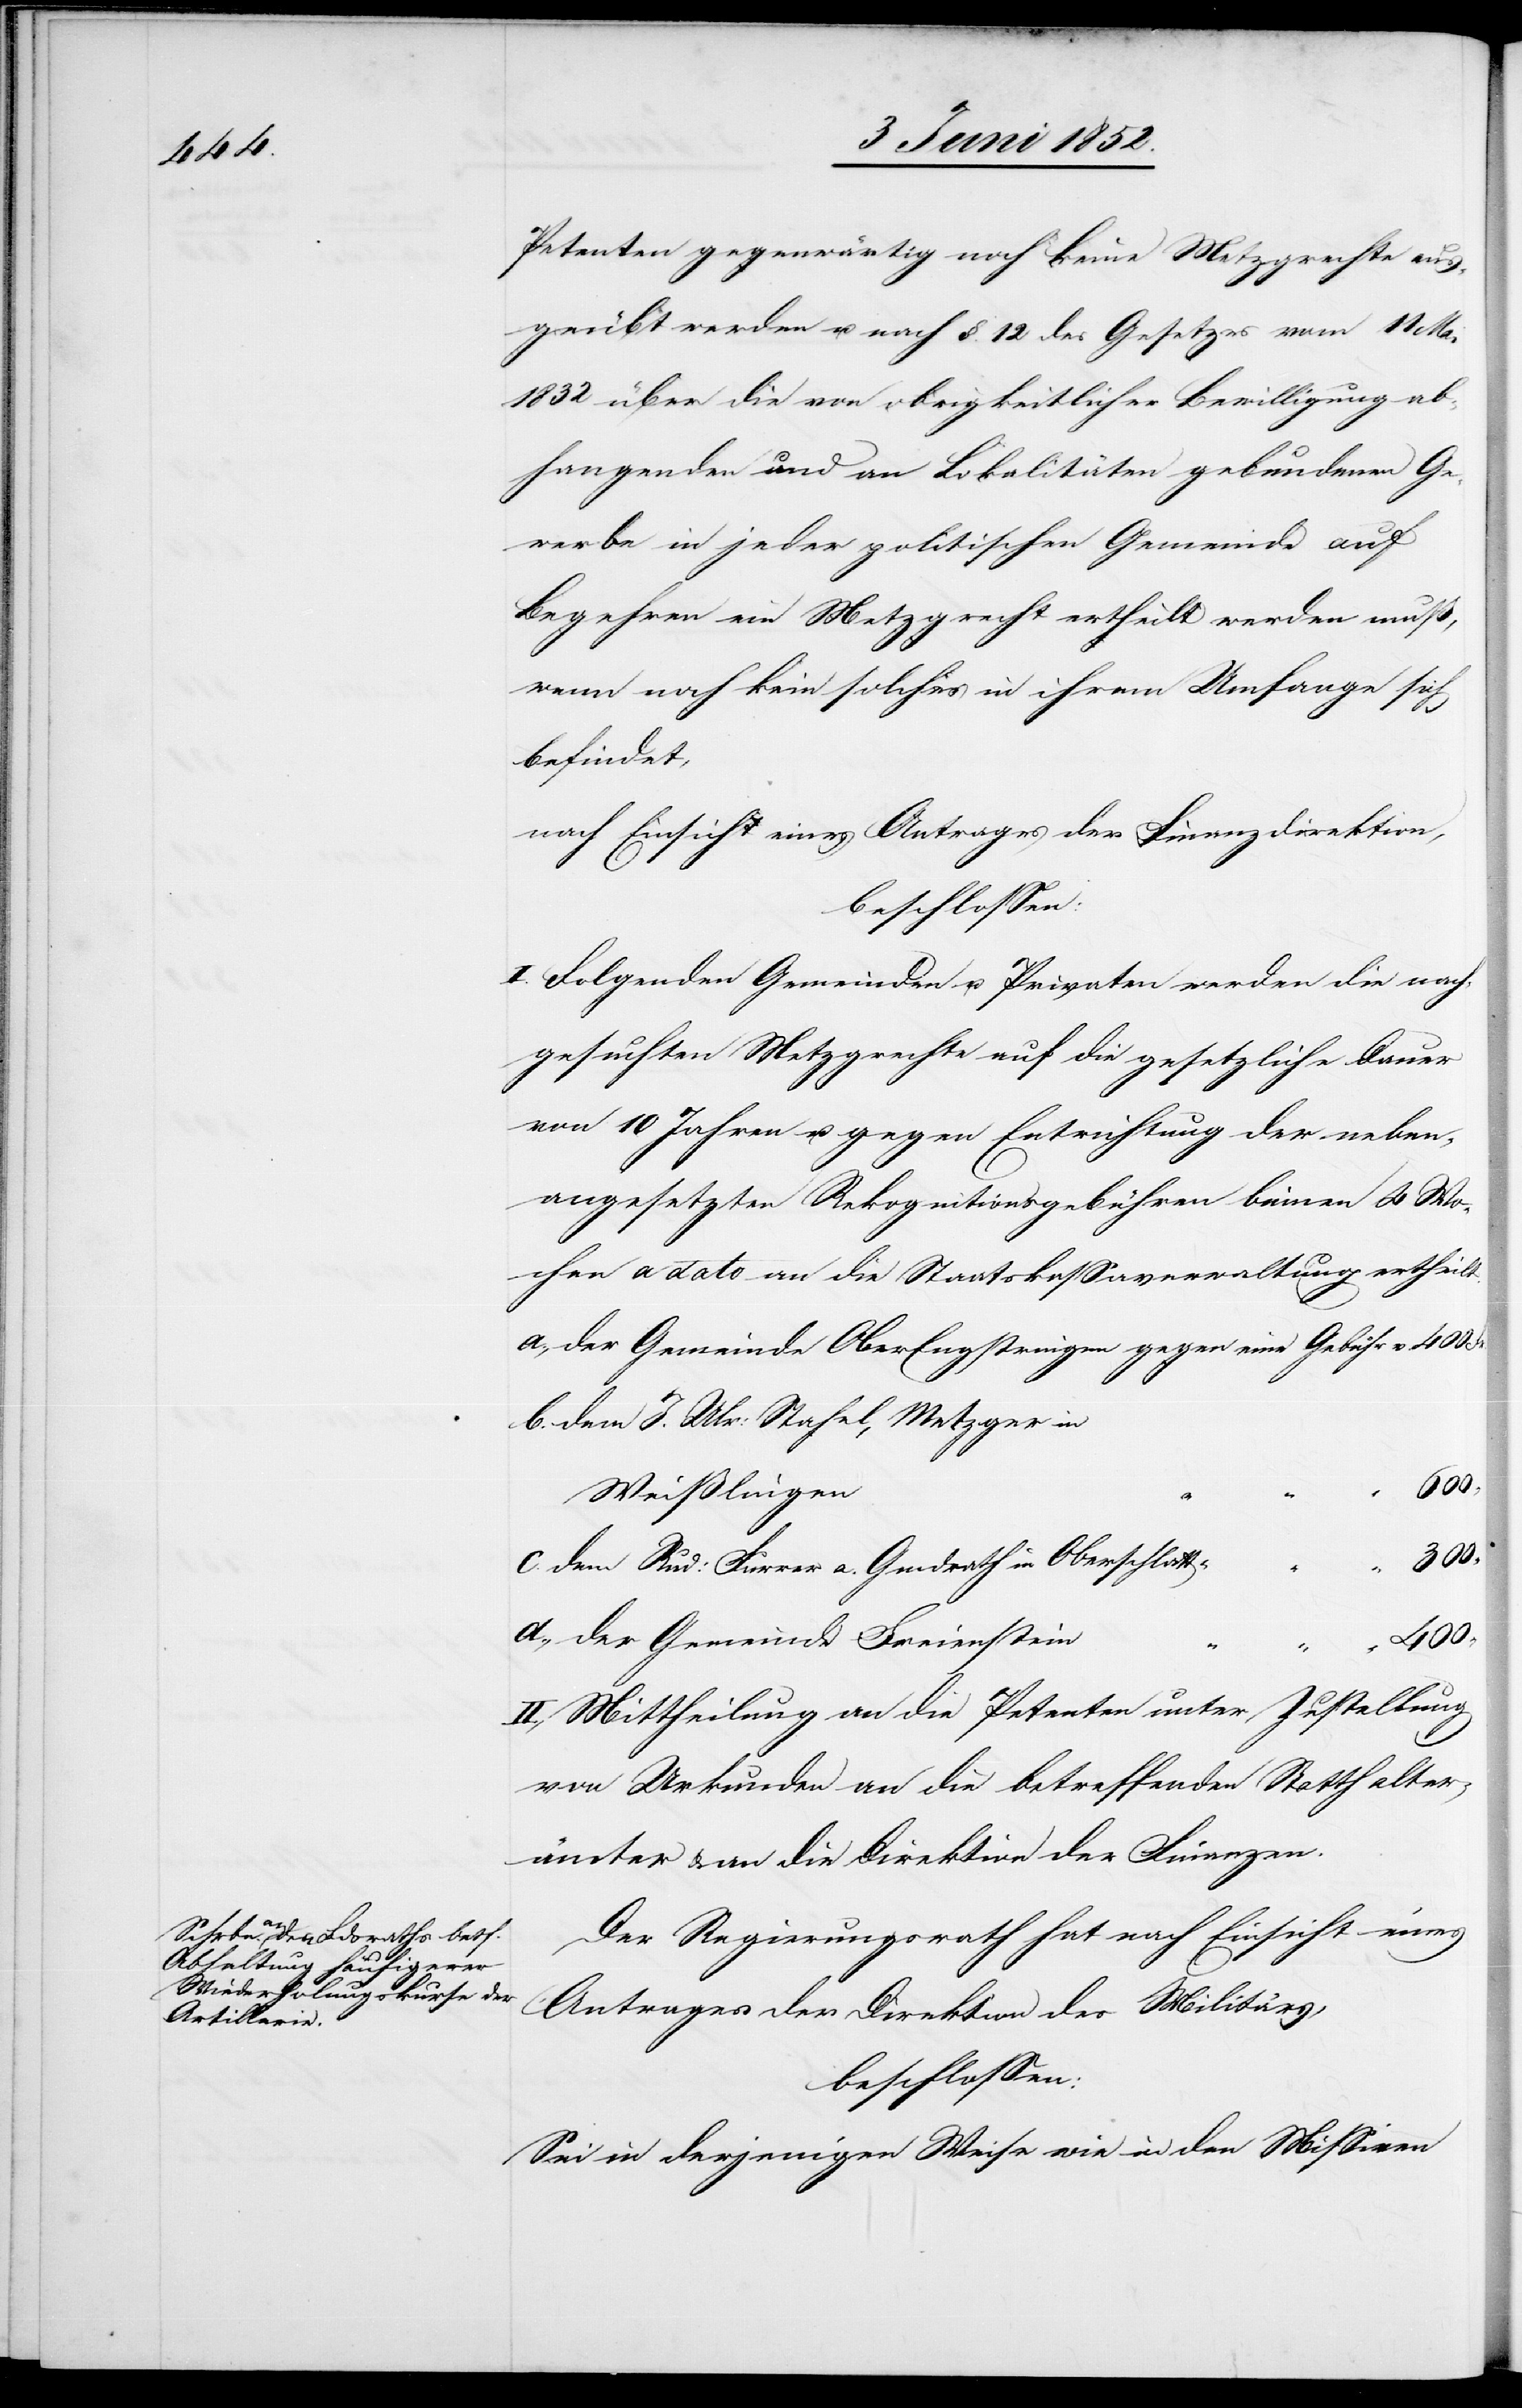
Petenten gegenwärtig noch keine Metzgrechte aus¬
geübt werden u. nach §. 12 des Gesetzes vom 11 Mai
1832 über die von obrigkeitlicher Bewilligung ab¬
hangenden und an Lokalitäten gebundenen Ge¬
werbe in jeder politischen Gemeinde auf
Begehren ein Metzgrecht ertheilt werden muß,
wenn noch kein solches in ihrem Umfange sich
Gemeinde
nach Einsicht eines Antrages der Finanzdirektion,
beschlossen:
I. Folgenden Gemeinden u. Privaten werden die nach¬
gesuchten Metzgrechte auf die gesetzliche Dauer
von 10 Jahren u. gegen Entrichtung der neben¬
angesetzten Rekognitionsgebühren binnen 4 Wo¬
chen a dato an die Staatskassaverwaltung ertheilt.
dem J. Ulr: Stahel, Metzger in
400
Weißlingen
dem Rud: Furrer a. Gmdrath in Oberschlatt
der Gemeinde Freienstein
“
II., Mittheilung an die Petenten unter Zustellung
von Urkunden[,] an die betreffenden Statthalter¬
ämter & an die Direktion der Finanzen.
Der Regierungsrath hat nach Einsicht eines
Antrages der Direktion des Militärs,
beschlossen:
Sei in derjenigen Weise wie in den Missiven